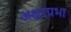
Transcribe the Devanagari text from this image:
अक्षरप्रभा